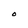
Character: O